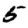
Digit: 5